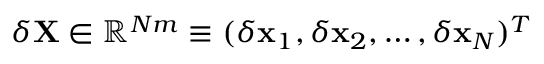
\delta { \mathbf { X } } \in \mathbb { R } ^ { N m } \equiv ( \delta { \mathbf { x } } _ { 1 } , \delta { \mathbf { x } } _ { 2 } , \dots , \delta { \mathbf { x } _ { N } } ) ^ { T }